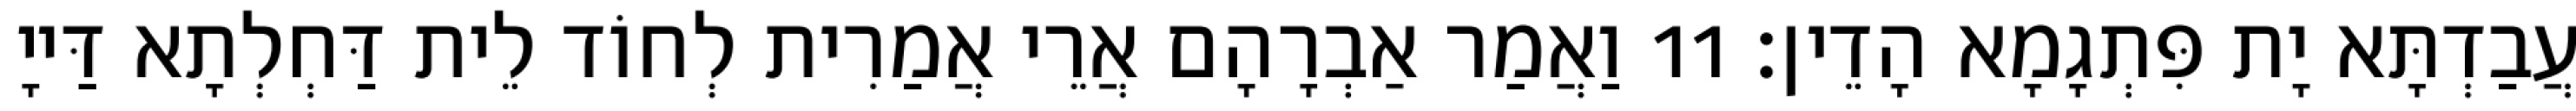
עֲבַדְתָּא יָת פִּתְגָמָא הָדֵין׃ 11 וַאֲמַר אַבְרָהָם אֲרֵי אֲמַרִית לְחוֹד לֵית דַּחְלְתָא דַּייָ